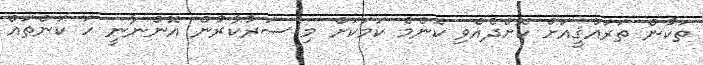
ތަކުން ތަރައްޤީއަށް ކޮށްދެއްވި ކޮންމެ ކަމަކަށް މި ސަރުކާރުން އޮންނާނީ ހަ ކަންތައް